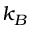
k _ { B }